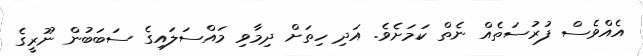
އެއްވެސް ފުރުސަތެއް ނެތް ކަމަށެވެ. އަދި ހިތަށް ދިމާވި މައްސަލައިގެ ސަބަބުން ނޫރީގެ